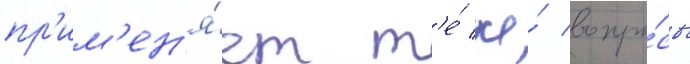
пр'им'ен'я́ет т'е́ же́ вопро́сы